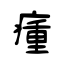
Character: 瘇